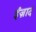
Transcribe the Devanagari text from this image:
ईज़ाद